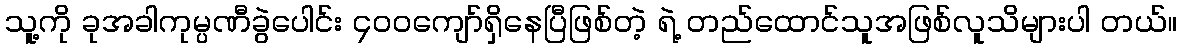
သူ့ကို ခုအခါကုမ္ပဏီခွဲပေါင်း ၄၀၀ကျော်ရှိနေပြီဖြစ်တဲ့ ရဲ့ တည်ထောင်သူအဖြစ်လူသိများပါ တယ်။